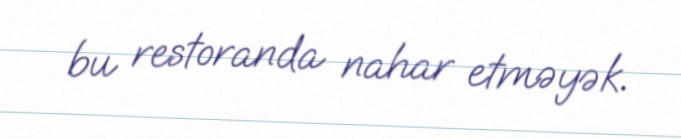
bu restoranda nahar etməyək.